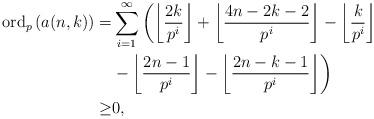
LaTeX: \begin{align*} \operatorname{ord}_{p}\left(a(n,k)\right)=&\sum_{i=1}^{\infty}\left(\left\lfloor\frac{2k}{p^i}\right\rfloor+\left\lfloor\frac{4n-2k-2}{p^i}\right\rfloor-\left\lfloor\frac{k}{p^i}\right\rfloor\right.\\&\left.-\left\lfloor\frac{2n-1}{p^i}\right\rfloor-\left\lfloor\frac{2n-k-1}{p^i}\right\rfloor\right)\\\geq&0,\end{align*}